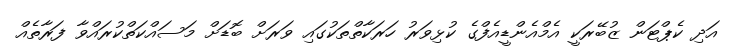
އަދި ކެޕްޓަން ޒުބޭރަކީ އެމްއެންޑީއެފްގެ ކުޅިވަރު ހަރަކާތްތަކުގައި ވަރަށް ބޮޑަށް މަސައްކަތްކުރައްވާ ފަރާތެއް